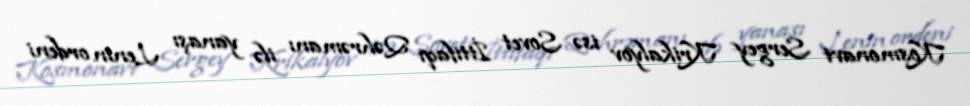
Kosmonavt Sergey Krikalyov isə Sovet İttifaqı Qəhrəmanı ilə yanaşı Lenin ordeni